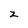
Character: z